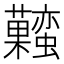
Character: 𧅬